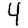
Digit: 4